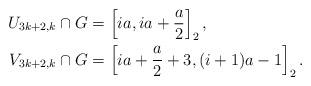
LaTeX: \begin{align*}U_{3k+2,k} \cap G & = \left[ia, ia + \frac{a}{2} \right]_2,\\V_{3k+2,k} \cap G & = \left[ia + \frac{a}{2} + 3, (i+1)a - 1 \right]_2.\end{align*}